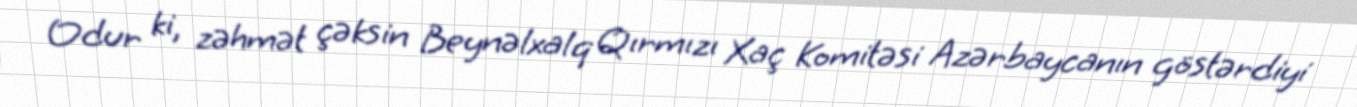
Odur ki, zəhmət çəksin Beynəlxalq Qırmızı Xaç Komitəsi Azərbaycanın göstərdiyi